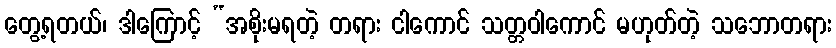
တွေ့ရတယ်၊ ဒါကြောင့် “အစိုးမရတဲ့ တရား ငါကောင် သတ္တဝါကောင် မဟုတ်တဲ့ သဘောတရား